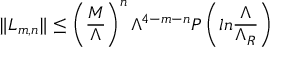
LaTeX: \| L _ { m , n } \| \leq \left( { \frac { M } { \Lambda } } \right) ^ { n } \Lambda ^ { 4 - m - n } P \left( l n { \frac { \Lambda } { \Lambda _ { R } } } \right)